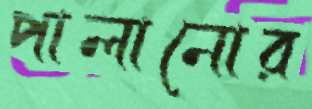
পালানোর